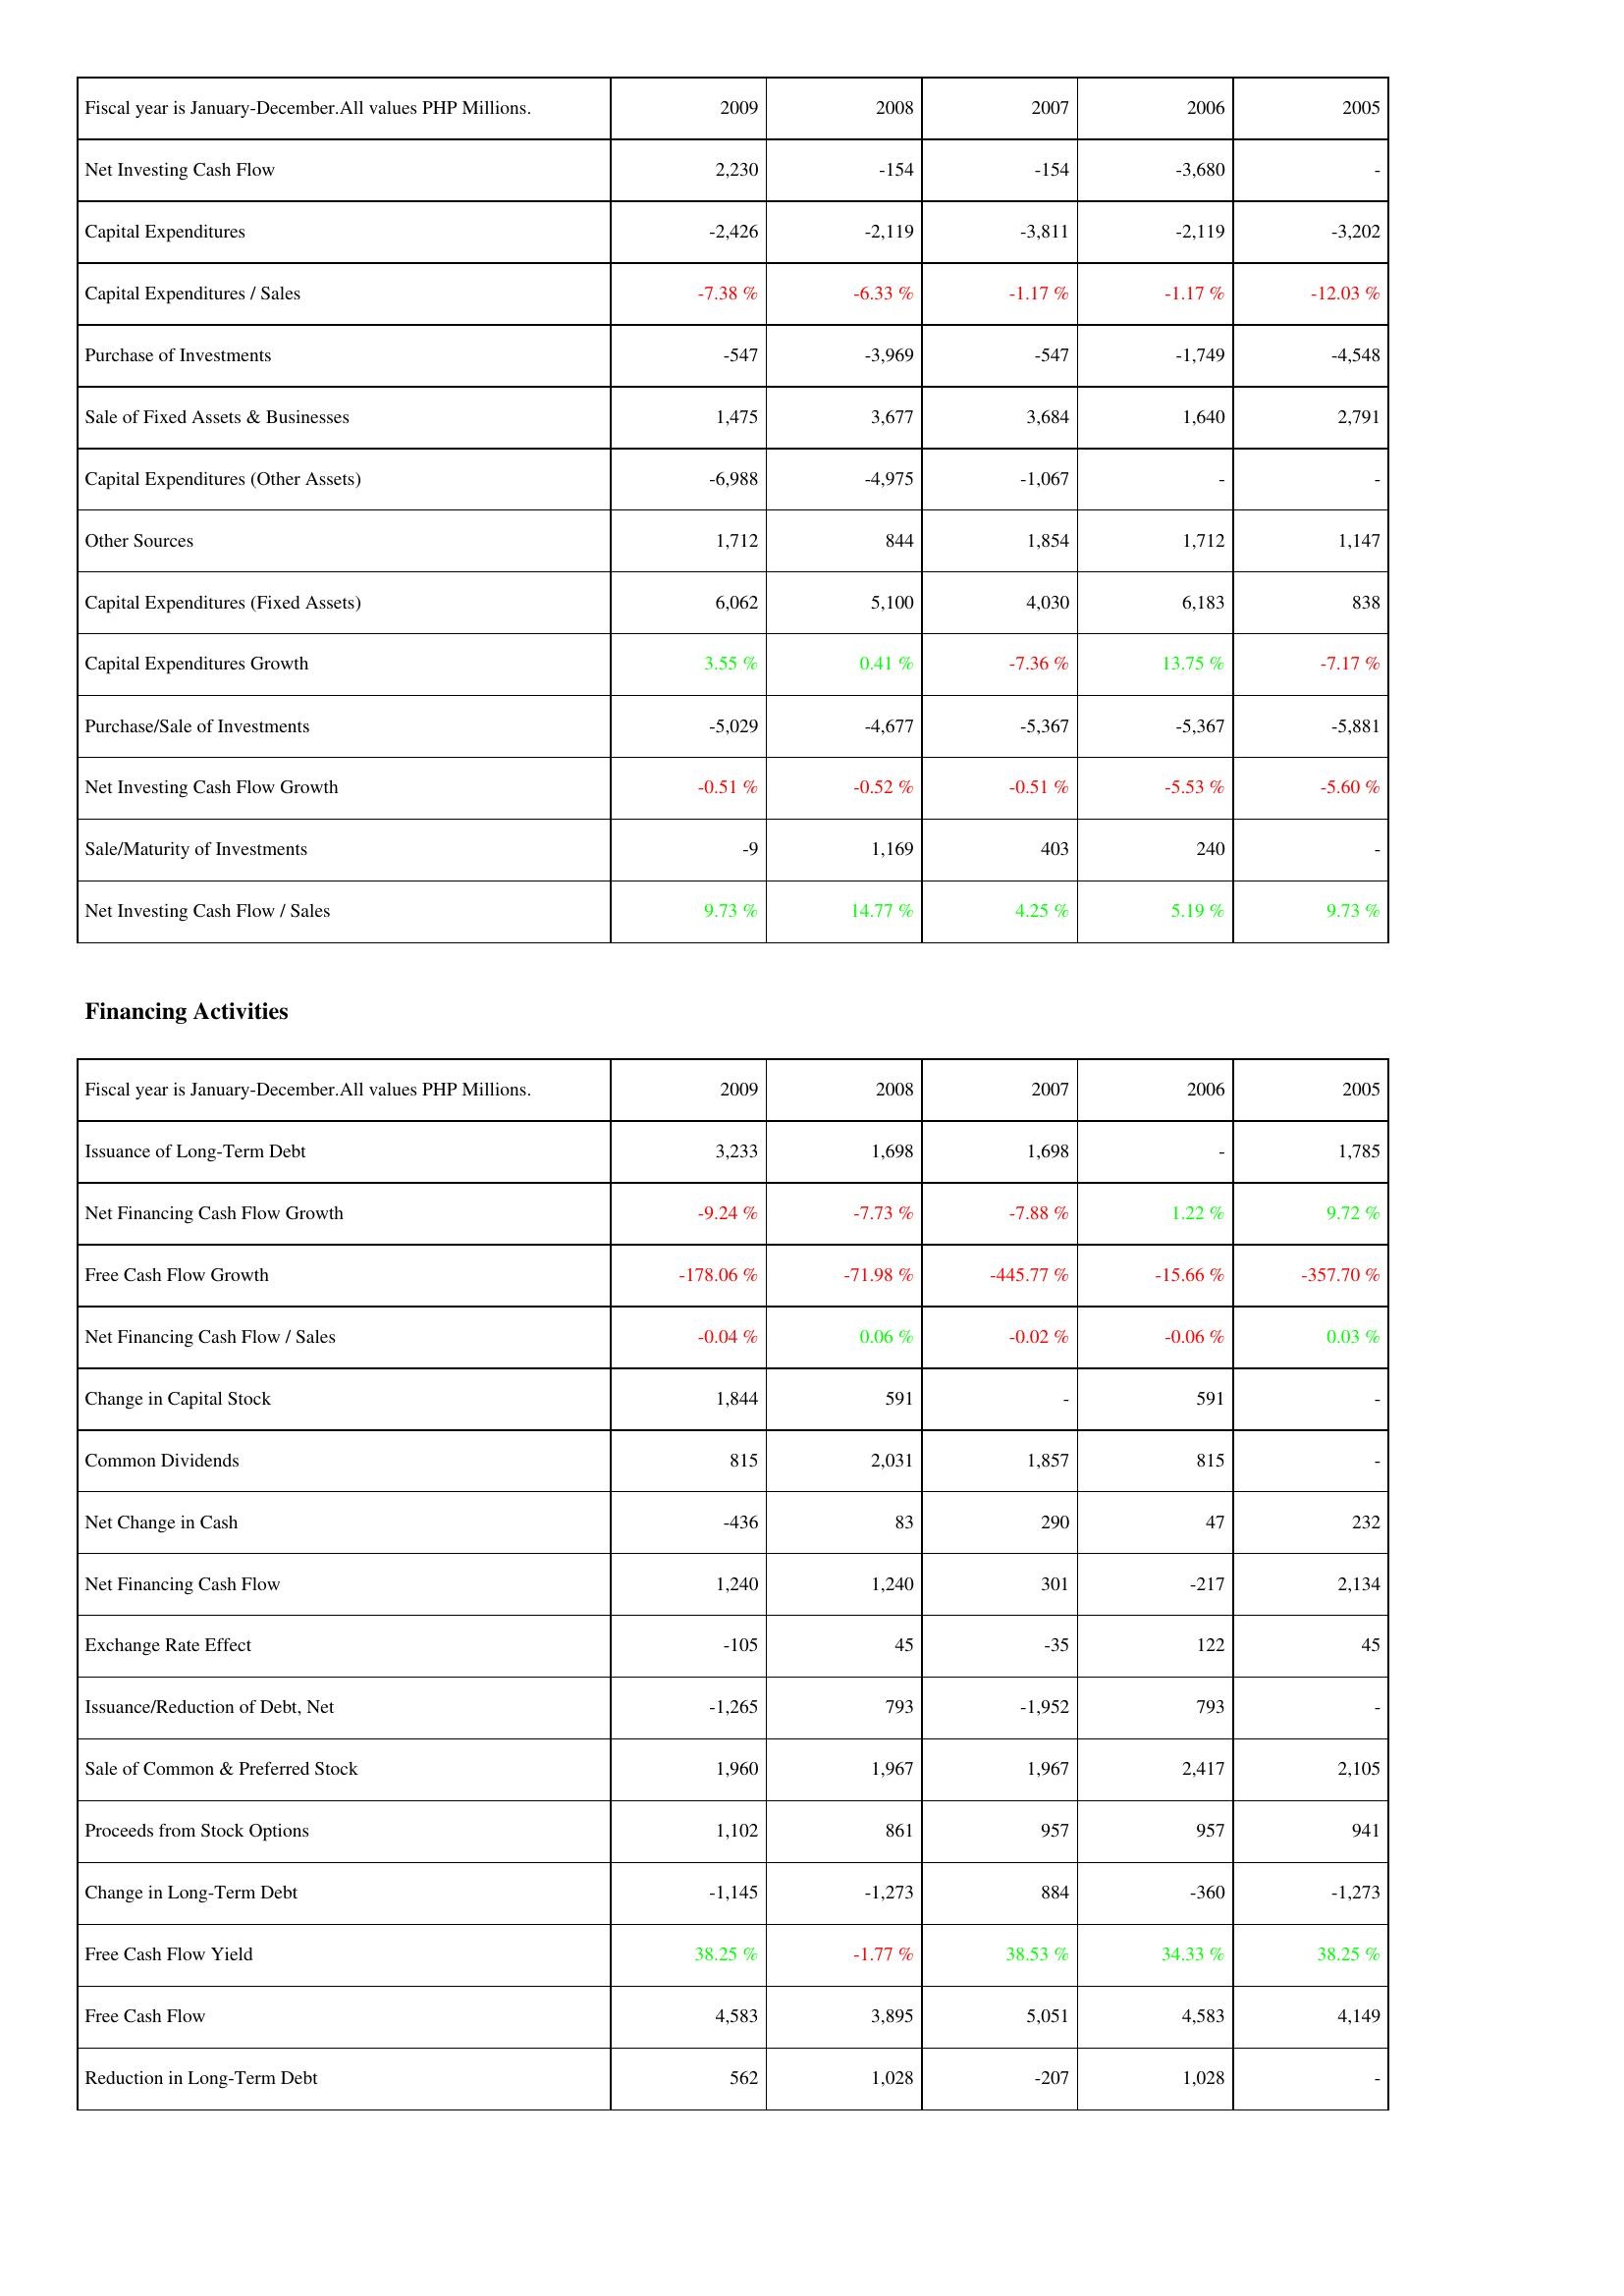
2009: Investing Activities: Net Investing Cash Flow: 2,230
Capital Expenditures: -2,426
Capital Expenditures / Sales: -7.38 %
Purchase of Investments: -547
Sale of Fixed Assets & Businesses: 1,475
Capital Expenditures (Other Assets): -6,988
Other Sources: 1,712
Capital Expenditures (Fixed Assets): 6,062
Capital Expenditures Growth: 3.55 %
Purchase/Sale of Investments: -5,029
Net Investing Cash Flow Growth: -0.51 %
Sale/Maturity of Investments: -9
Net Investing Cash Flow / Sales: 9.73 %
Financing Activities: Issuance of Long-Term Debt: 3,233
Net Financing Cash Flow Growth: -9.24 %
Free Cash Flow Growth: -178.06 %
Net Financing Cash Flow / Sales: -0.04 %
Change in Capital Stock: 1,844
Common Dividends: 815
Net Change in Cash: -436
Net Financing Cash Flow: 1,240
Exchange Rate Effect: -105
Issuance/Reduction of Debt, Net: -1,265
Sale of Common & Preferred Stock: 1,960
Proceeds from Stock Options: 1,102
Change in Long-Term Debt: -1,145
Free Cash Flow Yield: 38.25 %
Free Cash Flow: 4,583
Reduction in Long-Term Debt: 562
2008: Investing Activities: Net Investing Cash Flow: -154
Capital Expenditures: -2,119
Capital Expenditures / Sales: -6.33 %
Purchase of Investments: -3,969
Sale of Fixed Assets & Businesses: 3,677
Capital Expenditures (Other Assets): -4,975
Other Sources: 844
Capital Expenditures (Fixed Assets): 5,100
Capital Expenditures Growth: 0.41 %
Purchase/Sale of Investments: -4,677
Net Investing Cash Flow Growth: -0.52 %
Sale/Maturity of Investments: 1,169
Net Investing Cash Flow / Sales: 14.77 %
Financing Activities: Issuance of Long-Term Debt: 1,698
Net Financing Cash Flow Growth: -7.73 %
Free Cash Flow Growth: -71.98 %
Net Financing Cash Flow / Sales: 0.06 %
Change in Capital Stock: 591
Common Dividends: 2,031
Net Change in Cash: 83
Net Financing Cash Flow: 1,240
Exchange Rate Effect: 45
Issuance/Reduction of Debt, Net: 793
Sale of Common & Preferred Stock: 1,967
Proceeds from Stock Options: 861
Change in Long-Term Debt: -1,273
Free Cash Flow Yield: -1.77 %
Free Cash Flow: 3,895
Reduction in Long-Term Debt: 1,028
2007: Investing Activities: Net Investing Cash Flow: -154
Capital Expenditures: -3,811
Capital Expenditures / Sales: -1.17 %
Purchase of Investments: -547
Sale of Fixed Assets & Businesses: 3,684
Capital Expenditures (Other Assets): -1,067
Other Sources: 1,854
Capital Expenditures (Fixed Assets): 4,030
Capital Expenditures Growth: -7.36 %
Purchase/Sale of Investments: -5,367
Net Investing Cash Flow Growth: -0.51 %
Sale/Maturity of Investments: 403
Net Investing Cash Flow / Sales: 4.25 %
Financing Activities: Issuance of Long-Term Debt: 1,698
Net Financing Cash Flow Growth: -7.88 %
Free Cash Flow Growth: -445.77 %
Net Financing Cash Flow / Sales: -0.02 %
Change in Capital Stock: -
Common Dividends: 1,857
Net Change in Cash: 290
Net Financing Cash Flow: 301
Exchange Rate Effect: -35
Issuance/Reduction of Debt, Net: -1,952
Sale of Common & Preferred Stock: 1,967
Proceeds from Stock Options: 957
Change in Long-Term Debt: 884
Free Cash Flow Yield: 38.53 %
Free Cash Flow: 5,051
Reduction in Long-Term Debt: -207
2006: Investing Activities: Net Investing Cash Flow: -3,680
Capital Expenditures: -2,119
Capital Expenditures / Sales: -1.17 %
Purchase of Investments: -1,749
Sale of Fixed Assets & Businesses: 1,640
Capital Expenditures (Other Assets): -
Other Sources: 1,712
Capital Expenditures (Fixed Assets): 6,183
Capital Expenditures Growth: 13.75 %
Purchase/Sale of Investments: -5,367
Net Investing Cash Flow Growth: -5.53 %
Sale/Maturity of Investments: 240
Net Investing Cash Flow / Sales: 5.19 %
Financing Activities: Issuance of Long-Term Debt: -
Net Financing Cash Flow Growth: 1.22 %
Free Cash Flow Growth: -15.66 %
Net Financing Cash Flow / Sales: -0.06 %
Change in Capital Stock: 591
Common Dividends: 815
Net Change in Cash: 47
Net Financing Cash Flow: -217
Exchange Rate Effect: 122
Issuance/Reduction of Debt, Net: 793
Sale of Common & Preferred Stock: 2,417
Proceeds from Stock Options: 957
Change in Long-Term Debt: -360
Free Cash Flow Yield: 34.33 %
Free Cash Flow: 4,583
Reduction in Long-Term Debt: 1,028
2005: Investing Activities: Net Investing Cash Flow: -
Capital Expenditures: -3,202
Capital Expenditures / Sales: -12.03 %
Purchase of Investments: -4,548
Sale of Fixed Assets & Businesses: 2,791
Capital Expenditures (Other Assets): -
Other Sources: 1,147
Capital Expenditures (Fixed Assets): 838
Capital Expenditures Growth: -7.17 %
Purchase/Sale of Investments: -5,881
Net Investing Cash Flow Growth: -5.60 %
Sale/Maturity of Investments: -
Net Investing Cash Flow / Sales: 9.73 %
Financing Activities: Issuance of Long-Term Debt: 1,785
Net Financing Cash Flow Growth: 9.72 %
Free Cash Flow Growth: -357.70 %
Net Financing Cash Flow / Sales: 0.03 %
Change in Capital Stock: -
Common Dividends: -
Net Change in Cash: 232
Net Financing Cash Flow: 2,134
Exchange Rate Effect: 45
Issuance/Reduction of Debt, Net: -
Sale of Common & Preferred Stock: 2,105
Proceeds from Stock Options: 941
Change in Long-Term Debt: -1,273
Free Cash Flow Yield: 38.25 %
Free Cash Flow: 4,149
Reduction in Long-Term Debt: -